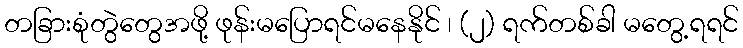
တခြားစုံတွဲတွေအဖို့ ဖုန်းမပြောရင်မနေနိုင် ၊ (၂) ရက်တစ်ခါ မတွေ့ရရင်